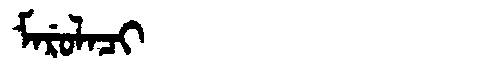
Manchu: ᠮᠠᡵᡠᠯᠠᠴᡳ
Romanization: MARULACI